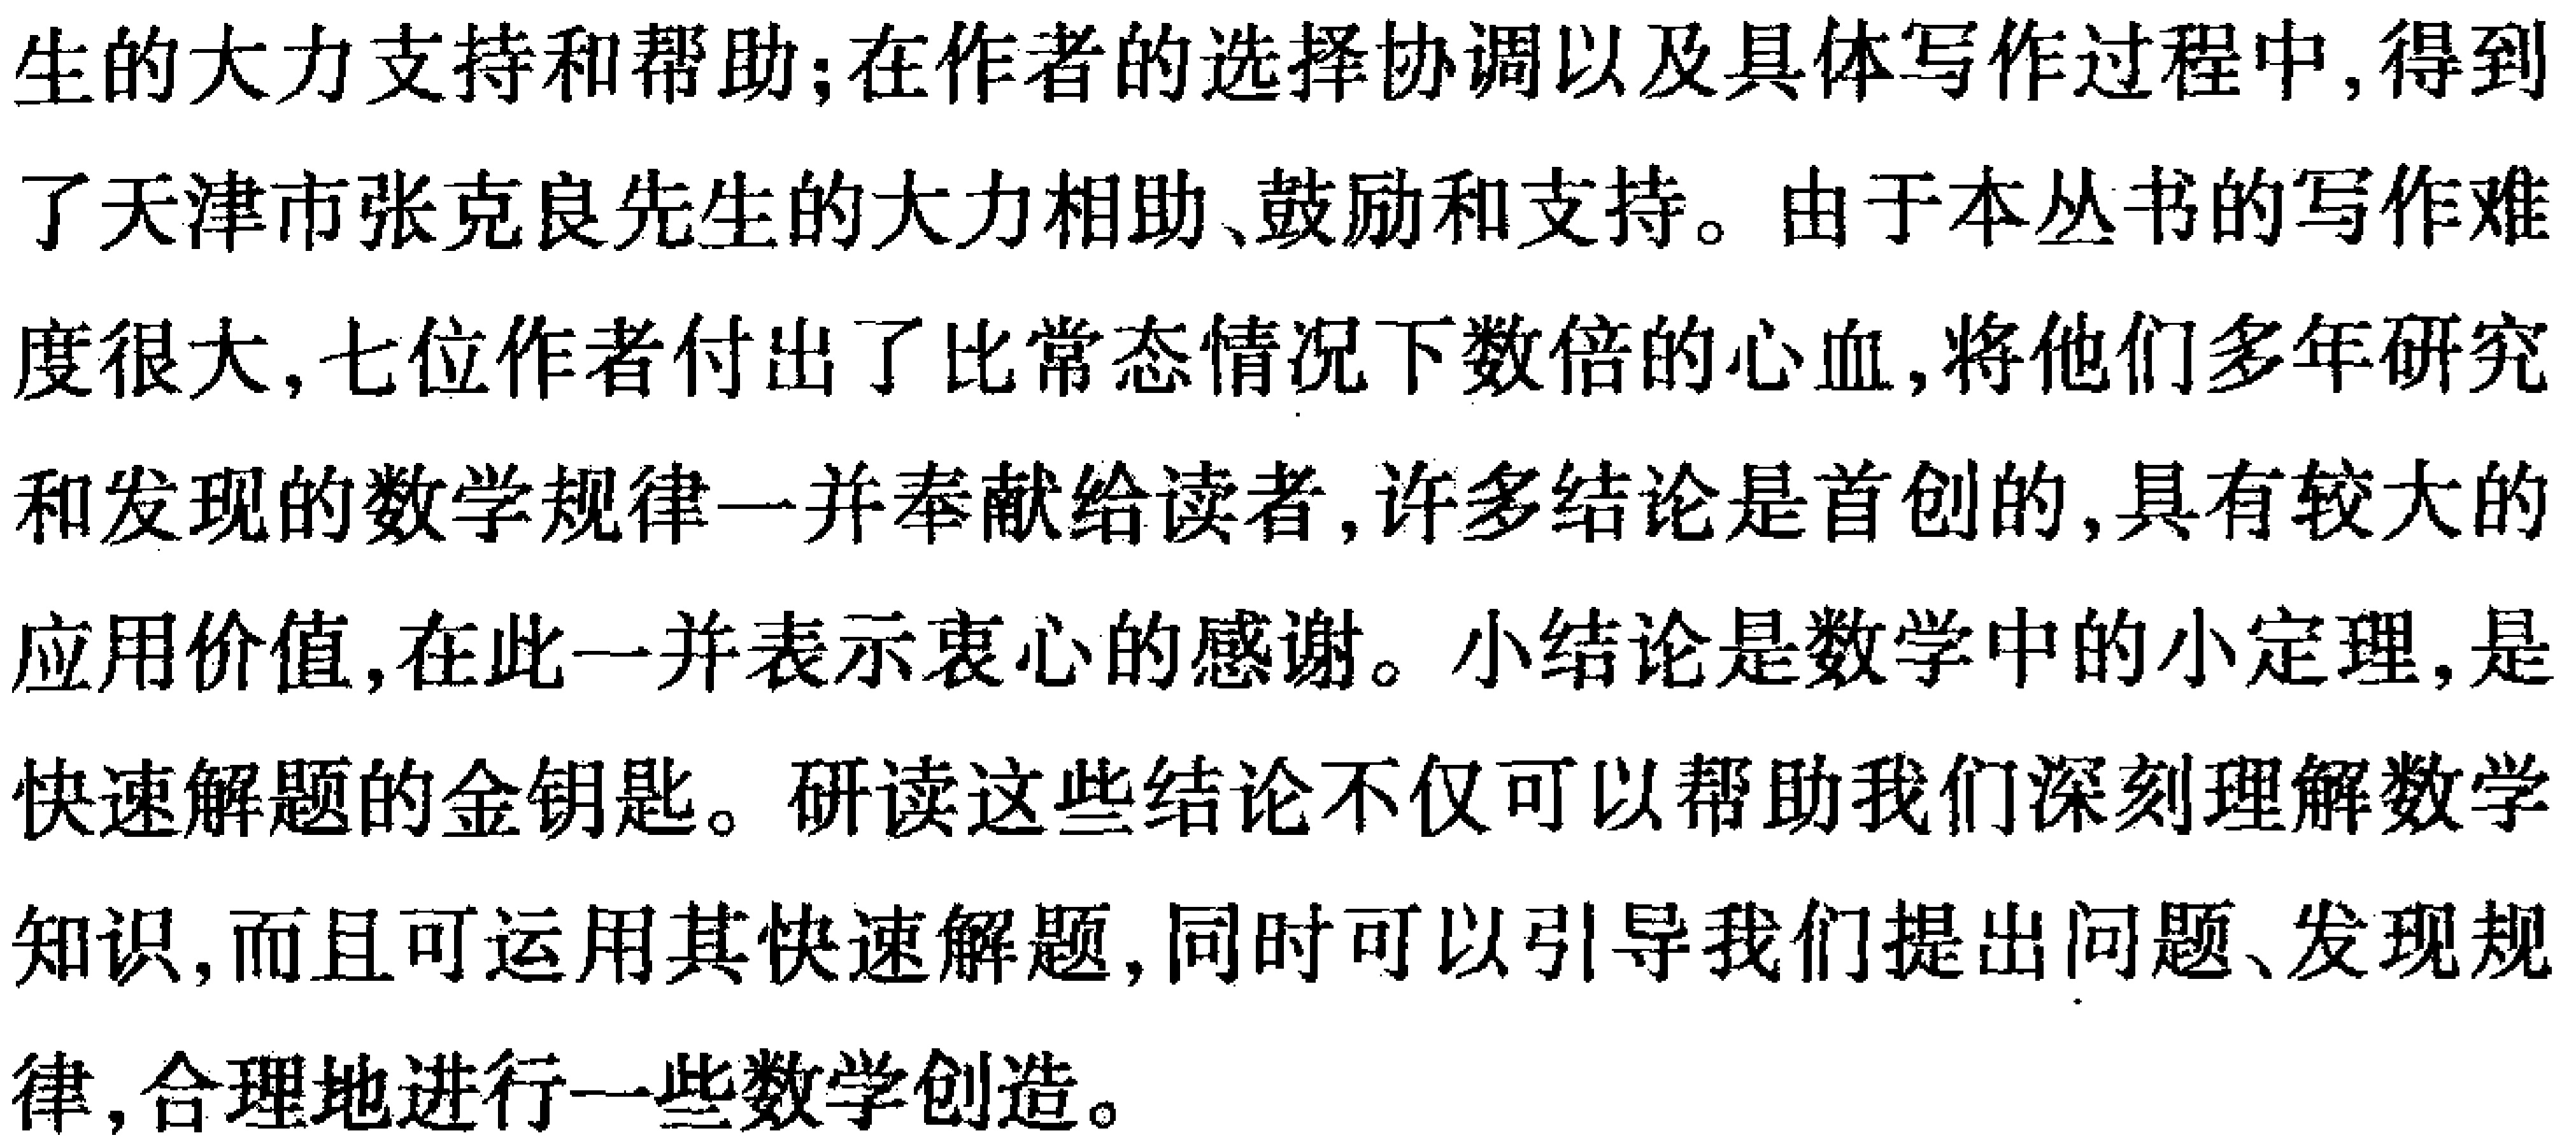
生的大力支持和帮助;在作者的选择协调以及具体写作过程中,得到了天津市张克良先生的大力相助、鼓励和支持。由于本丛书的写作难度很大,七位作者付出了比常态情况下数倍的心血,将他们多年研究和发现的数学规律一并奉献给读者,许多结论是首创的,具有较大的应用价值,在此一并表示衷心的感谢。小结论是数学中的小定理,是快速解题的金钥匙。研读这些结论不仅可以帮助我们深刻理解数学知识,而且可运用其快速解题,同时可以引导我们提出问题、发现规律,合理地进行一些数学创造。